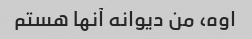
اوه، من دیوانه آنها هستم